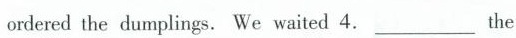
ordered the dumplings. We waited 4.___ the